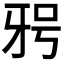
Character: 𭷐